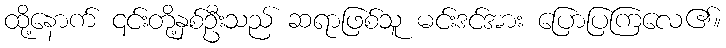
ထို့နောက် ၎င်းတို့နှစ်ဦးသည် ဆရာဖြစ်သူ မင်းဒင်အား ပြောပြကြလေ၏။